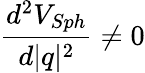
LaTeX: \frac{d^{2}V_{Sph}}{d\vert q\vert^{2}}\ne 0